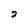
Character: 2